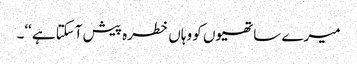
میرے ساتھیوں کو وہاں خطرہ پیش آسکتا ہے‘‘۔